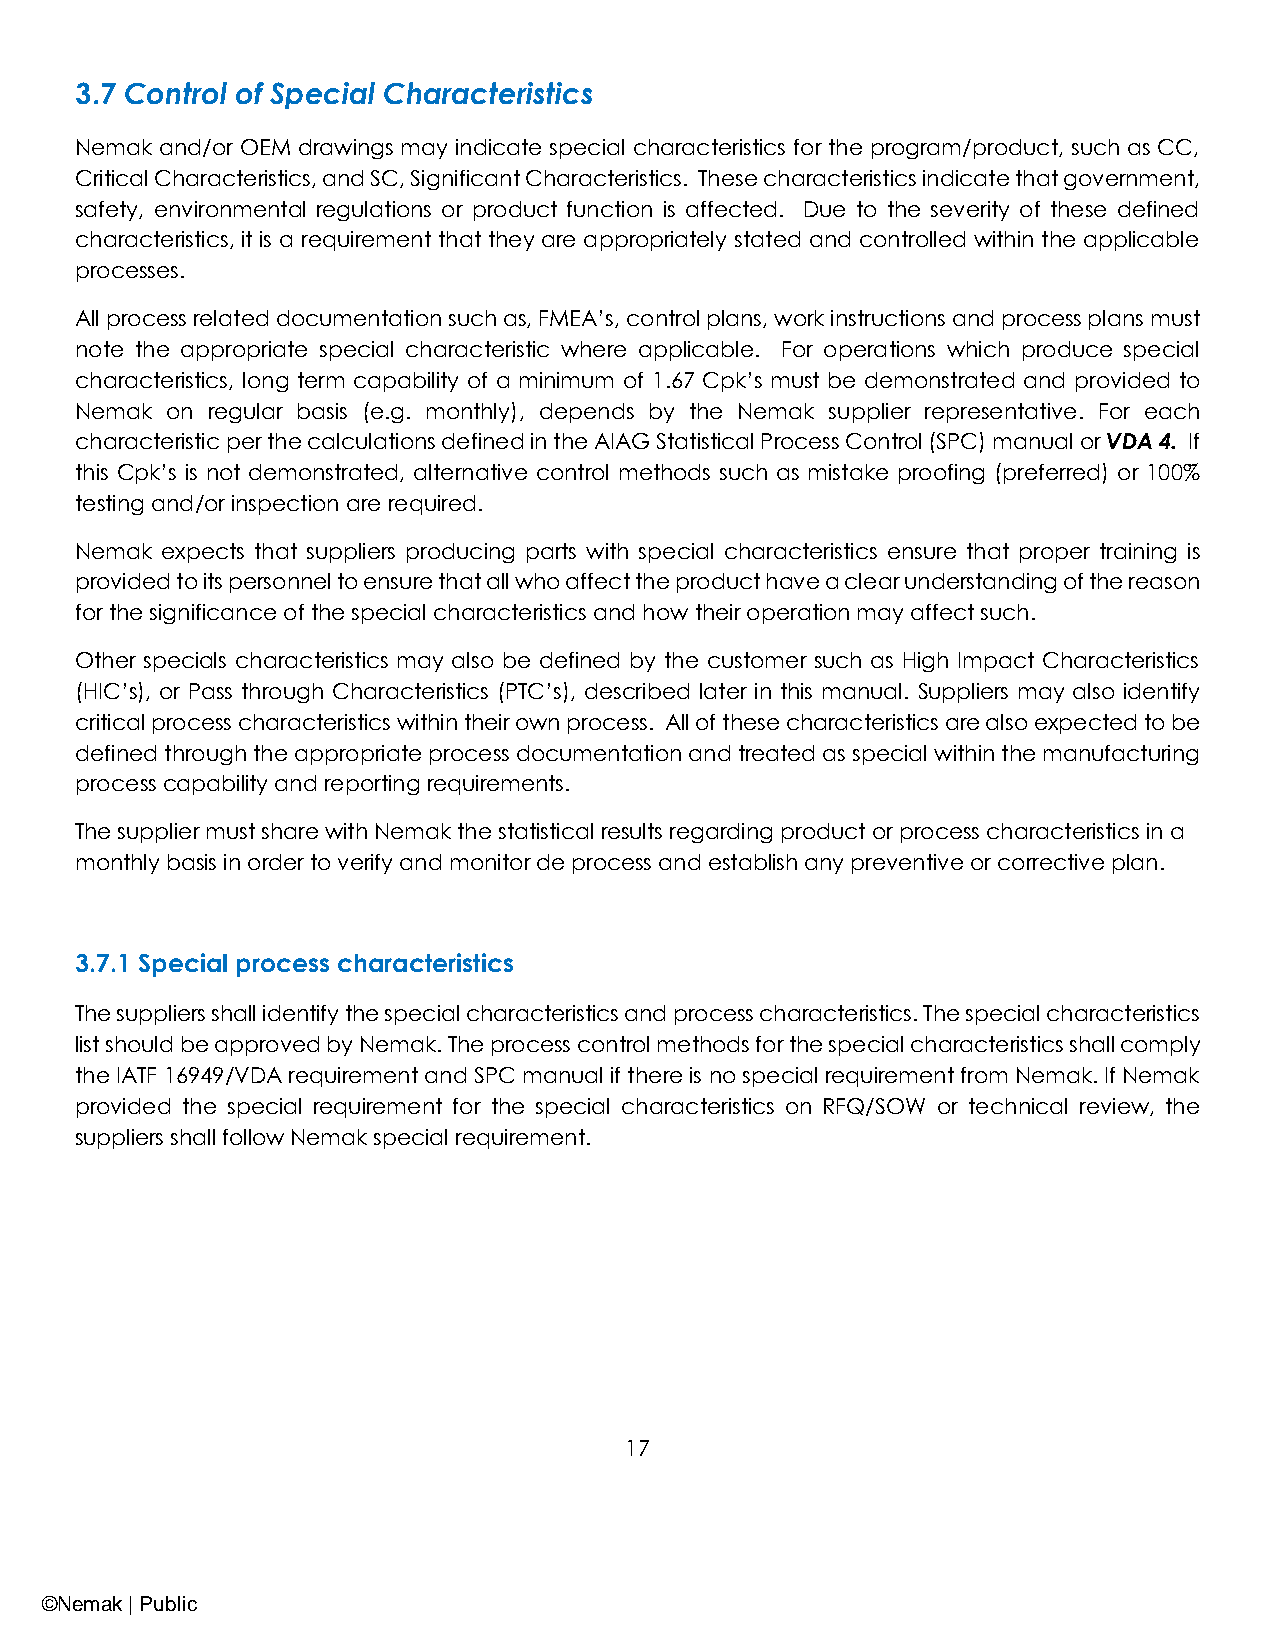
3.7 Control of Special Characteristics
 Nemak and/or OEM drawings may indicate special characteristics for the program/product, such as CC,
 Critical Characteristics, and SC, Significant Characteristics. These characteristics indicate that government,
 safety, environmental regulations or product function is affected. Due to the severity of these defined
 characteristics, it is a requirement that they are appropriately stated and controlled within the applicable
 processes.
 All process related documentation such as, FMEA’s, control plans, work instructions and process plans must
 note the appropriate special characteristic where applicable. For operations which produce special
 characteristics, long term capability of a minimum of 1.67 Cpk’s must be demonstrated and provided to
 Nemak on regular basis (e.g. monthly), depends by the Nemak supplier representative. For each
 characteristic per the calculations defined in the AIAG Statistical Process Control (SPC) manual or VDA 4. If
 this Cpk’s is not demonstrated, alternative control methods such as mistake proofing (preferred) or 100%
 testing and/or inspection are required.
 Nemak expects that suppliers producing parts with special characteristics ensure that proper training is
 provided to its personnel to ensure that all who affect the product have a clear understanding of the reason
 for the significance of the special characteristics and how their operation may affect such.
 Other specials characteristics may also be defined by the customer such as High Impact Characteristics
 (HIC’s), or Pass through Characteristics (PTC’s), described later in this manual. Suppliers may also identify
 critical process characteristics within their own process. All of these characteristics are also expected to be
 defined through the appropriate process documentation and treated as special within the manufacturing
 process capability and reporting requirements.
 The supplier must share with Nemak the statistical results regarding product or process characteristics in a
 monthly basis in order to verify and monitor de process and establish any preventive or corrective plan.
 3.7.1 Special process characteristics
 The suppliers shall identify the special characteristics and process characteristics. The special characteristics
 list should be approved by Nemak. The process control methods for the special characteristics shall comply
 the IATF 16949/VDA requirement and SPC manual if there is no special requirement from Nemak. If Nemak
 provided the special requirement for the special characteristics on RFQ/SOW or technical review, the
 suppliers shall follow Nemak special requirement.
 17
 ©Nemak | Public